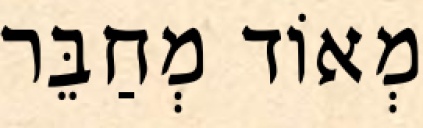
מְאוֹד מְחַבֵּר